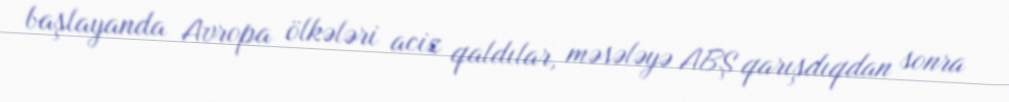
başlayanda Avropa ölkələri aciz qaldılar, məsələyə ABŞ qarışdıqdan sonra